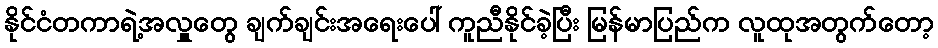
နိုင်ငံတကာရဲ့အလှူတွေ ချက်ချင်းအရေးပေါ် ကူညီနိုင်ခဲ့ပြီး မြန်မာပြည်က လူထုအတွက်တော့